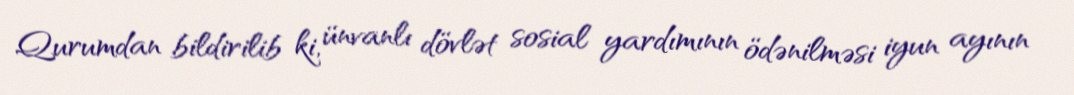
Qurumdan bildirilib ki, ünvanlı dövlət sosial yardımının ödənilməsi iyun ayının